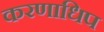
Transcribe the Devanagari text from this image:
करणाधिप